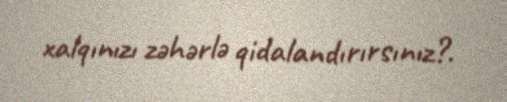
xalqınızı zəhərlə qidalandırırsınız?.